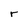
Character: r